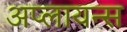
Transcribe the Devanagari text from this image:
अप्लायन्स